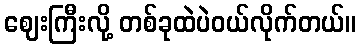
ဈေးကြီးလို့ တစ်ခုထဲပဲဝယ်လိုက်တယ်။